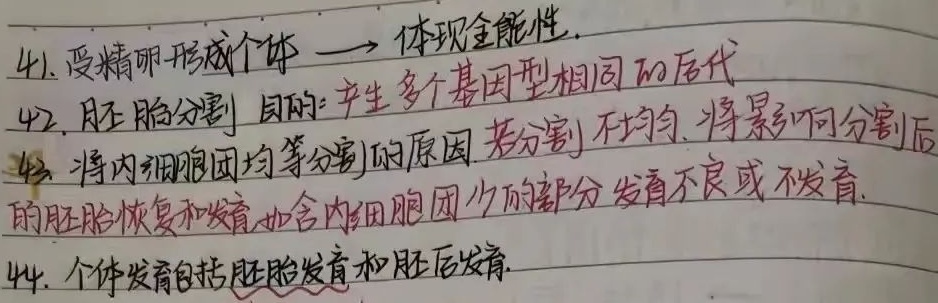
41. 受精卵形成个体 $\to$ 体现全能性.
42. 胚胎分割 目的: 产生多个基因型相同的后代
43. 将内细胞团均等分割的原因 若分割不均匀, 将影响分割后的胚胎恢复和发育, 如含内细胞团少的部分发育不良或不发育.
44. 个体发育包括胚胎发育和胚后发育.